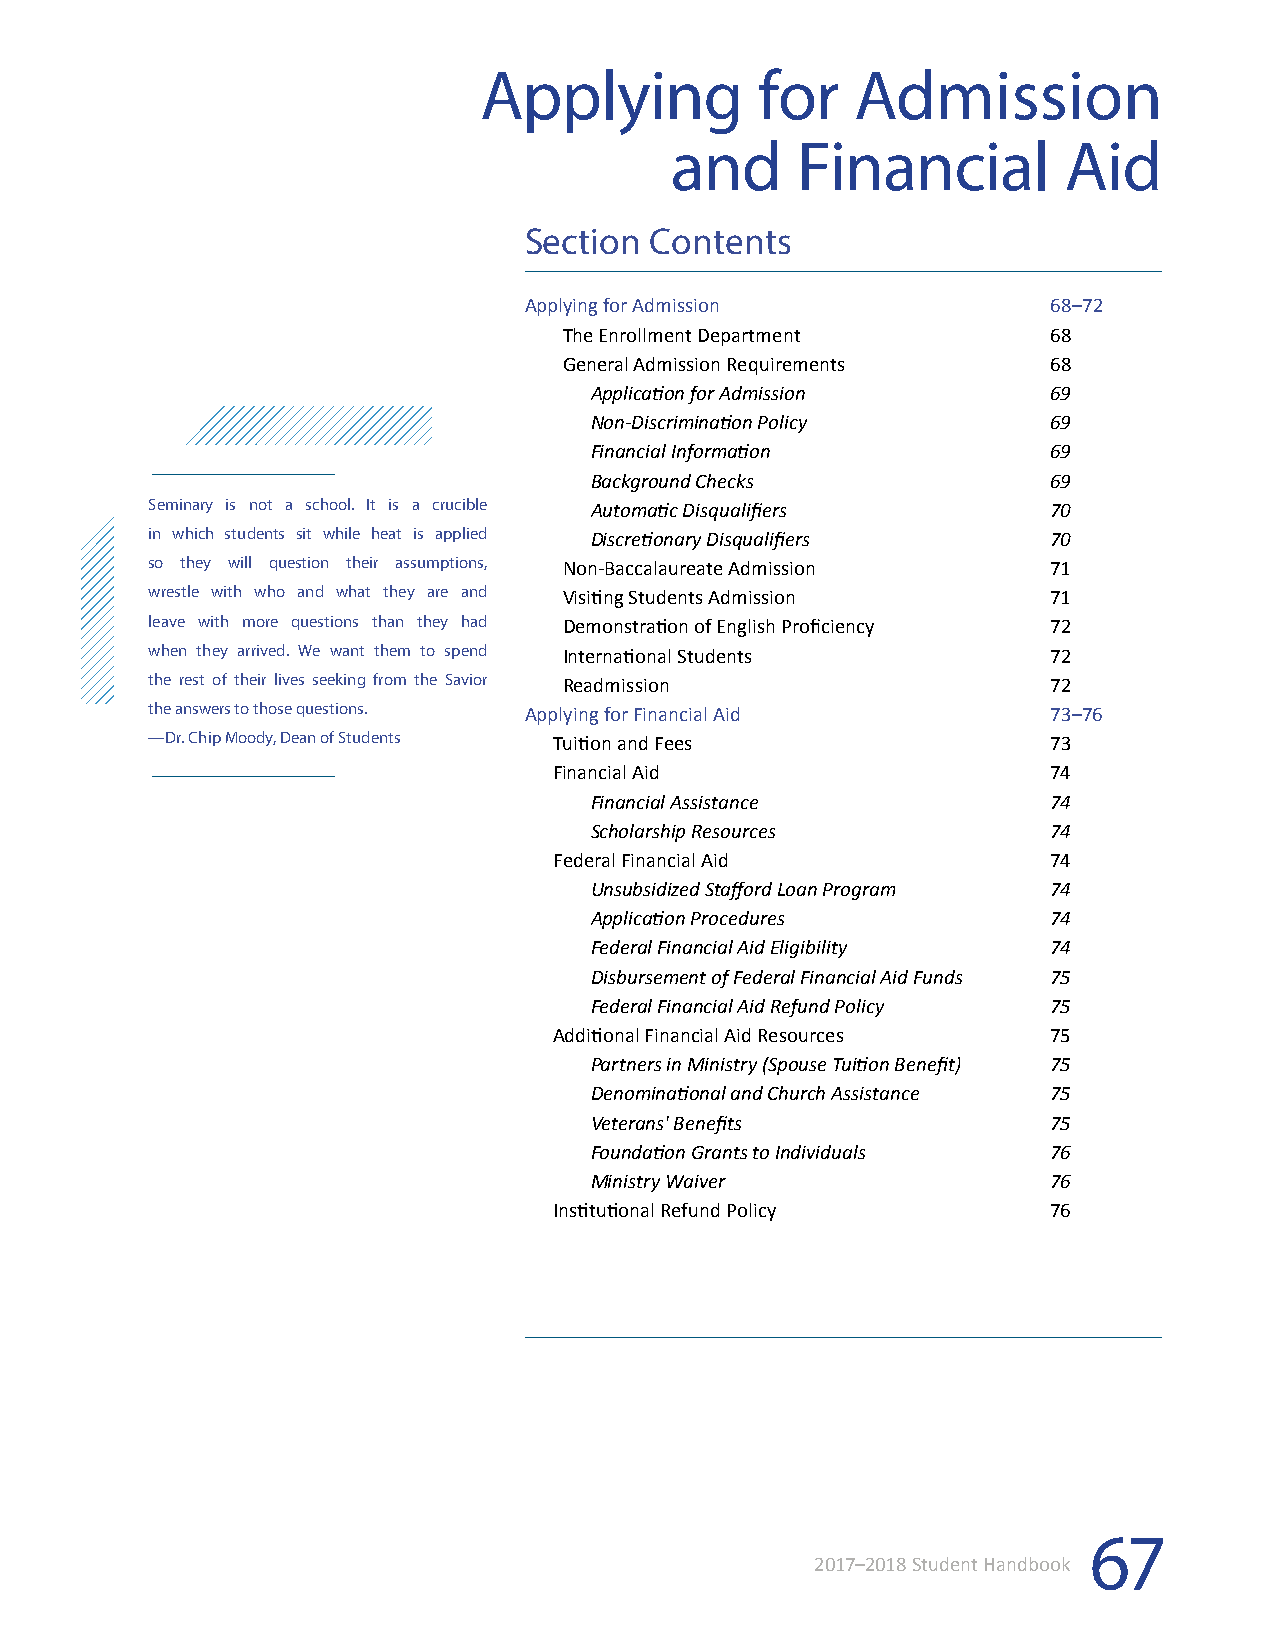
Applying          for    Admission
 and      Financial        Aid
 Section Contents
 Applying for Admission             68–72
 The Enrollment Department        68
 General Admission Requirements   68
 Application for Admission      69
 Non-Discrimination Policy      69
 Financial Information          69
 Background Checks              69
 Seminary is not a school. It is a crucible Automatic Disqualifiers 70
 in which students sit while heat is applied Discretionary Disqualifiers 70
 so they will question their assumptions, Non-Baccalaureate Admission 71
 wrestle with who and what they are and Visiting Students Admission 71
 leave with more questions than they had Demonstration of English Proficiency 72
 when they arrived. We want them to spend International Students 72
 the rest of their lives seeking from the Savior Readmission 72
 the answers to those questions. Applying for Financial Aid  73–76
 —Dr. Chip Moody, Dean of Students Tuition and Fees          73
 Financial Aid                    74
 Financial Assistance           74
 Scholarship Resources          74
 Federal Financial Aid            74
 Unsubsidized Stafford Loan Program 74
 Application Procedures         74
 Federal Financial Aid Eligibility 74
 Disbursement of Federal Financial Aid Funds 75
 Federal Financial Aid Refund Policy 75
 Additional Financial Aid Resources 75
 Partners in Ministry (Spouse Tuition Benefit) 75
 Denominational and Church Assistance 75
 Veterans' Benefits             75
 Foundation Grants to Individuals 76
 Ministry Waiver                76
 Institutional Refund Policy      76
 67
 2017–2018 Student Handbook